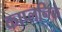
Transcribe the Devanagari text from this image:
काप्लनिक